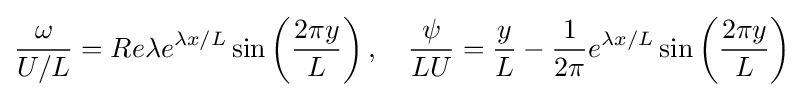
{\frac {\omega }{U/L}}=Re\lambda e^{\lambda x/L}\sin \left({\frac {2\pi y}{L}}\right),\quad {\frac {\psi }{LU}}={\frac {y}{L}}-{\frac {1}{2\pi }}e^{\lambda x/L}\sin \left({\frac {2\pi y}{L}}\right)